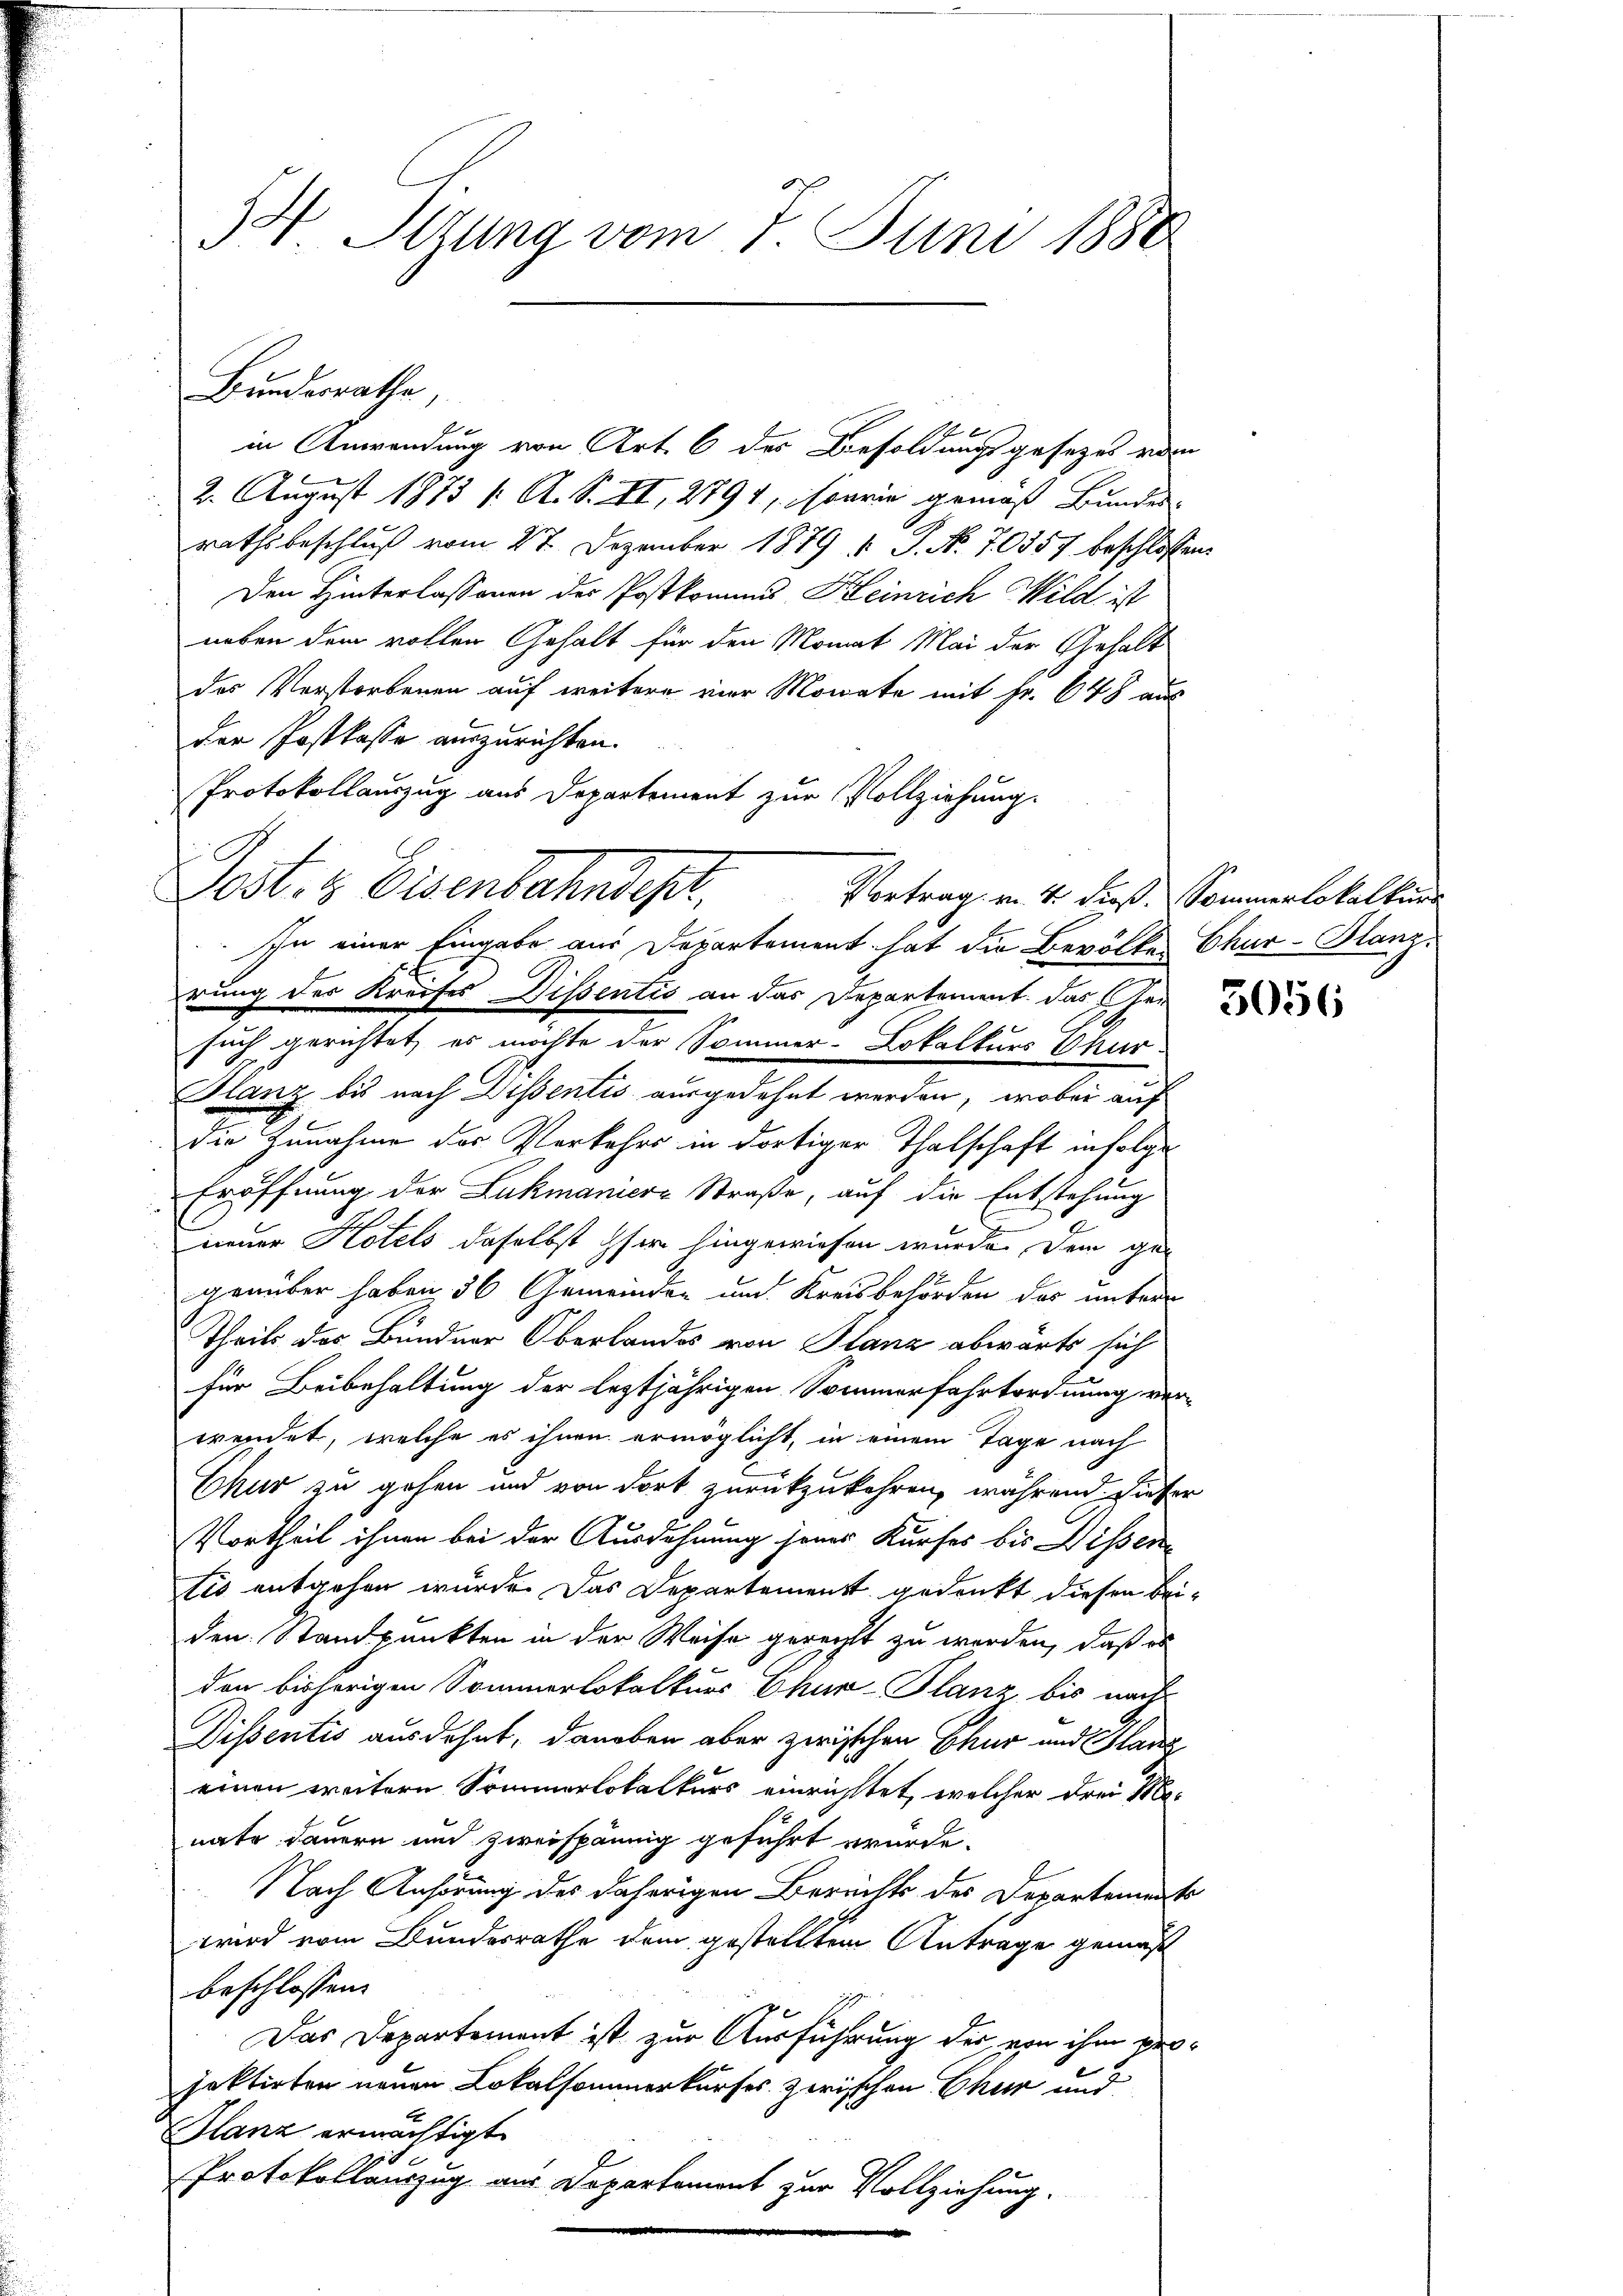
34 Sizung vom 7. Juni 1880

Bundesrathe,

in Anwendung von Art. 6 des Besoldungsgesezes vom
2. August 1873 (: A. S. II, 2794, sowie gemäß Bundes-
rathsbeschluß vom 27. Dezember 1879 u. P. Nr. 70557 beschlossen
Den Hinterlassenen der Postkommes Heinrich Wild ist
neben dem vollen Gehalt für den Monat Mai der Gehalt
des Verstorbenen auf weitere vier Monate mit Fr. 648 aus
der Postkasse auszurichten.
Protokollauszug aus Departement zur Vollziehung.
rung des Kreises Dissentis an das Departement. Das her
such gerichtet, es möchte der Sommer-Lokalkurs Chur
Glanz bis nach Dissentis ausgedehnt werden, wobei auf
die Zunahme des Verkehrs in dortiger Thalschaft infolge
Eröffnung der Lukmaniere Straße, auf die Entstehung
neuer Hotels daselbst her hingewiesen wurde. Dem ge-
genüber haben 36 Gemeinden und Kreisbehörden des untern
Theils des Bundner Oberlandes von Planz abwärts sich
für Beibehaltung der leztjährigen Sommerfahrtordnung ver-
wendet, welche es ihnen ermöglicht, in einem Tage nach
Chur zu gehen und von dort zurückzukehren, während dieser
Vortheil ihnen bei der Ausdehnung jenes Kurses bis Dissentés entgehen wurde. Das Departemenst gedenkt diesen Beiden Standpunkten in der Weise gerecht zu werden, daß es
den bisherigen Sommerlokalkurs Chur-Planz bis nach
Dissentis ausdehnt, daneben aber zwischen Chur und Hase
einen weitere Sommerlokalkurs einrichtet, welcher drei Mo-
nate dauern und zweispännig geführt wurde.
Nach Anhörung des daherigen Bereichts des Departemente
wird vom Bundesrathe dem gestellten Anträge gemäß
beschlossen:
Das Departement ist zur Ausführung der von ihm projektirten neuen Lokalsammerkurses zwischen Chur und
Glanz ermächtigt.
o
Protokollauszug aus Departement zur Vollziehung.

Post- & Eisenbahndept,
In einer Eingabe aus Departement hat die Bevölker Chur-Blanz¬

Vortrag v. 4. dieß. Sommerlokalkurs

3056